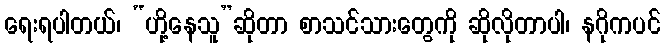
ရေးရပါတယ်၊ “ဟို့နေသူ”ဆိုတာ စာသင်သားတွေကို ဆိုလိုတာပါ၊ နဂိုကပင်